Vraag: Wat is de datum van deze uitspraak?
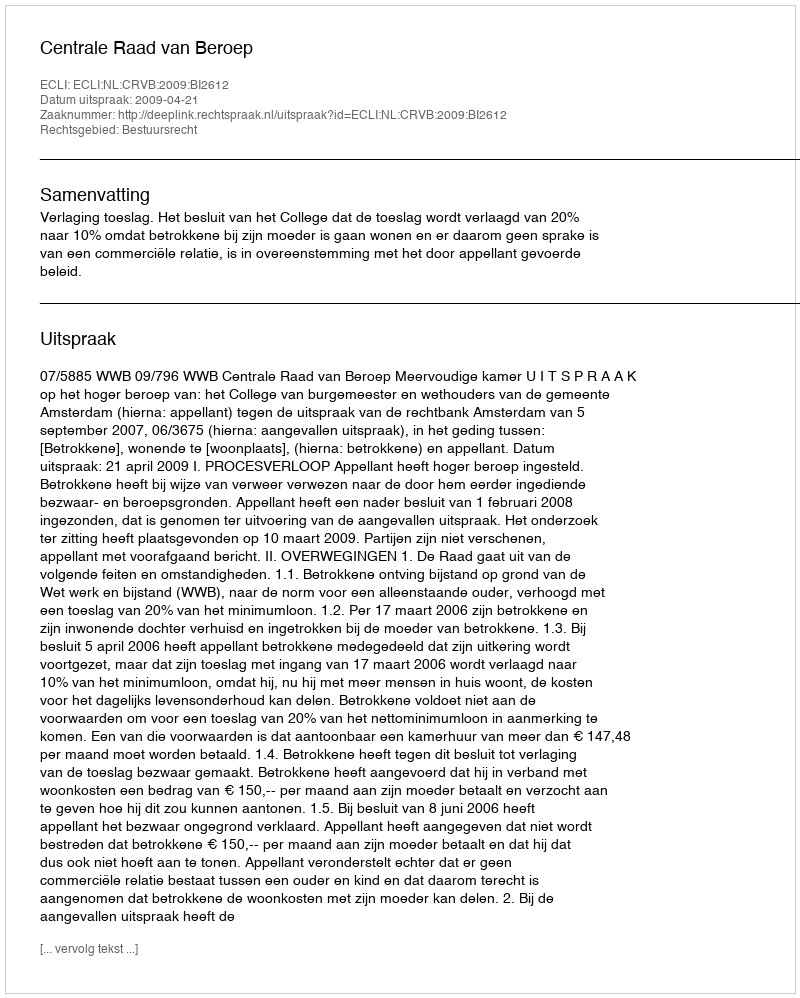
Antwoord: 2009-04-21